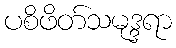
ပစိဖိတ်သမုဒ္ဒရာ